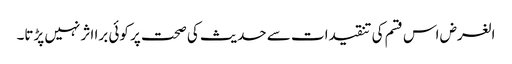
الغرض اس قسم کی تنقیدات سے حدیث کی صحت پر کوئی برا اثر نہیں پڑتا۔